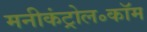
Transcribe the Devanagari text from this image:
मनीकंट्रोल॰कॉम